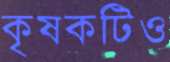
কৃষকটিও